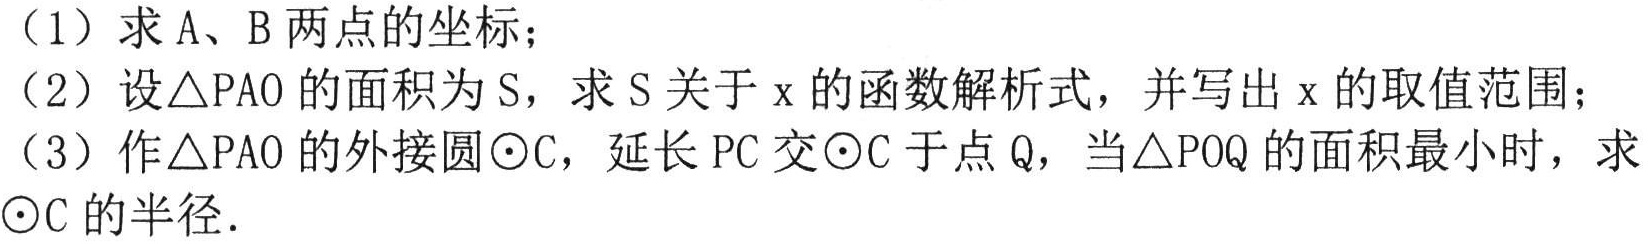
（1）求A、B两点的坐标；
（2）设\(\triangle PAO\)的面积为\(S\)，求\(S\)关于\(x\)的函数解析式，并写出\(x\)的取值范围；
（3）作\(\triangle PAO\)的外接圆\(\odot C\)，延长\(PC\)交\(\odot C\)于点\(Q\)，当\(\triangle POQ\)的面积最小时，求\(\odot C\)的半径．